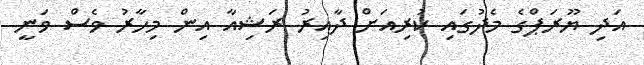
އަދި ޔޫރަޕްގެ މެދުގައި ކުރިއަށް ދާއިރު ރަޝިއާ އިން މިހާރު ވެސް ވަނީ